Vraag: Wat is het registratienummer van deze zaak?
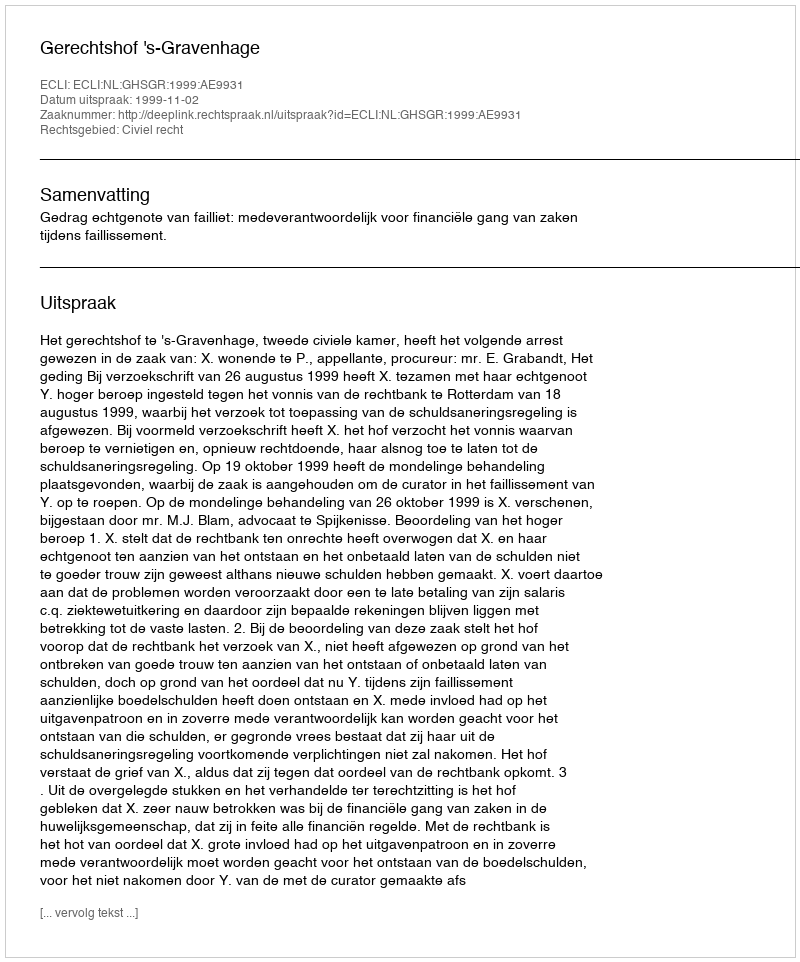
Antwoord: http://deeplink.rechtspraak.nl/uitspraak?id=ECLI:NL:GHSGR:1999:AE9931